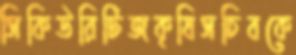
সিকিউরিটিজকৃষিসচিবকে